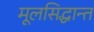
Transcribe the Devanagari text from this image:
मूलसिद्धान्त